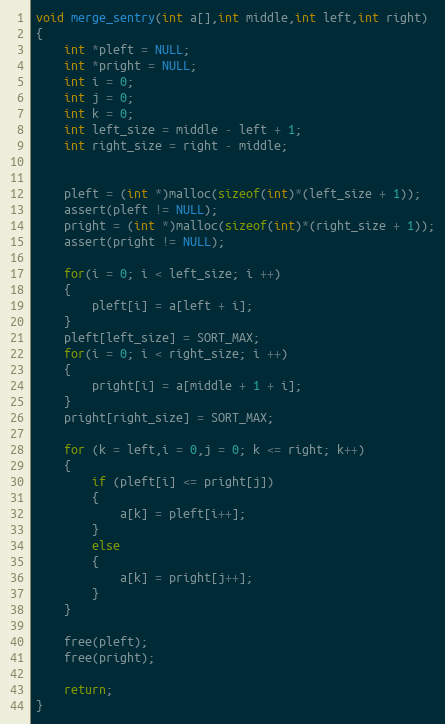
Language: C
void merge_sentry(int a[],int middle,int left,int right)
{
	int *pleft = NULL;
	int *pright = NULL;
	int i = 0;
	int j = 0;
	int k = 0;
	int left_size = middle - left + 1;
	int right_size = right - middle;

	pleft = (int *)malloc(sizeof(int)*(left_size + 1));
	assert(pleft != NULL);
	pright = (int *)malloc(sizeof(int)*(right_size + 1));
	assert(pright != NULL);

	for(i = 0; i < left_size; i ++)
	{
		pleft[i] = a[left + i];
	}
	pleft[left_size] = SORT_MAX;
	for(i = 0; i < right_size; i ++)
	{
		pright[i] = a[middle + 1 + i];
	}
	pright[right_size] = SORT_MAX;

    for (k = left,i = 0,j = 0; k <= right; k++)
	{
		if (pleft[i] <= pright[j])
		{
			a[k] = pleft[i++];
		}
		else
		{
			a[k] = pright[j++];
		}
	}

	free(pleft);
	free(pright);

    return;
}